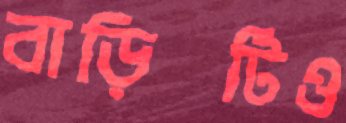
বাড়িটিও